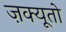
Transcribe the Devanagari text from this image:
ज़क्यूतो